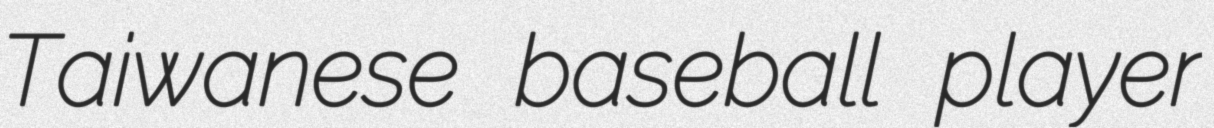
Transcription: Taiwanese baseball player